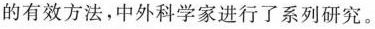
的有效方法，中外科学家进行了系列研究。